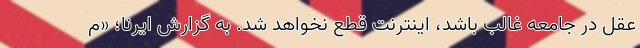
عقل در جامعه غالب باشد، اینترنت قطع نخواهد شد. به گزارش ایرنا؛ «م